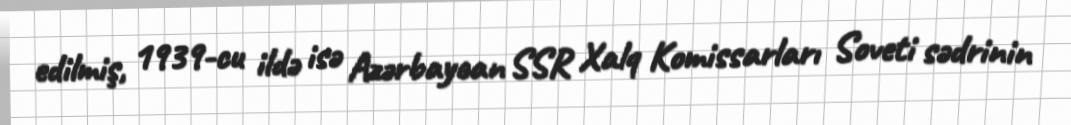
edilmiş, 1939-cu ildə isə Azərbaycan SSR Xalq Komissarları Soveti sədrinin